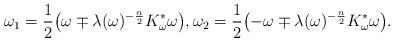
LaTeX: \begin{gather*}\omega_1 = \frac{1}{2}\big(\omega \mp \lambda(\omega)^{-\frac{n}{2}}K_{\omega}^*\omega\big),\omega_2= \frac{1}{2}\big({-}\omega \mp \lambda(\omega)^{-\frac{n}{2}}K_{\omega}^*\omega\big).\end{gather*}